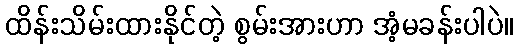
ထိန်းသိမ်းထားနိုင်တဲ့ စွမ်းအားဟာ အံ့မခန်းပါပဲ။